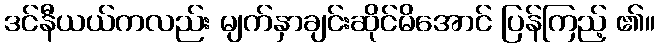
ဒင်နီယယ်ကလည်း မျက်နှာချင်းဆိုင်မိအောင် ပြန်ကြည့် ၏။